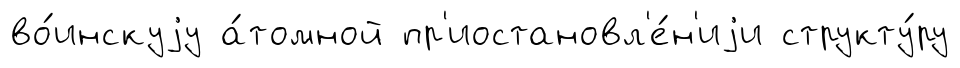
во́инскуjу а́томной пр'иостановл'е́н'иjи структу́ру